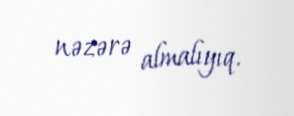
nəzərə almalıyıq.